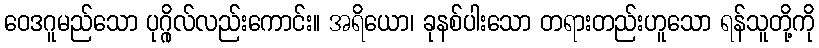
ဝေဒဂူမည်သော ပုဂ္ဂိုလ်လည်းကောင်း။ အရိယော၊ ခုနစ်ပါးသော တရားတည်းဟူသော ရန်သူတို့ကို